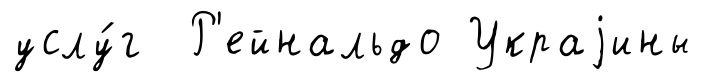
услу́г Р'ейнальдо Украjины